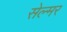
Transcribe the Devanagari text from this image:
सेल्मर